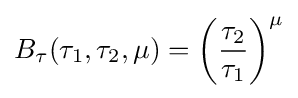
B_{\tau }(\tau _{1},\tau _{2},\mu )=\left({\frac {\tau _{2}}{\tau _{1}}}\right)^{\mu }